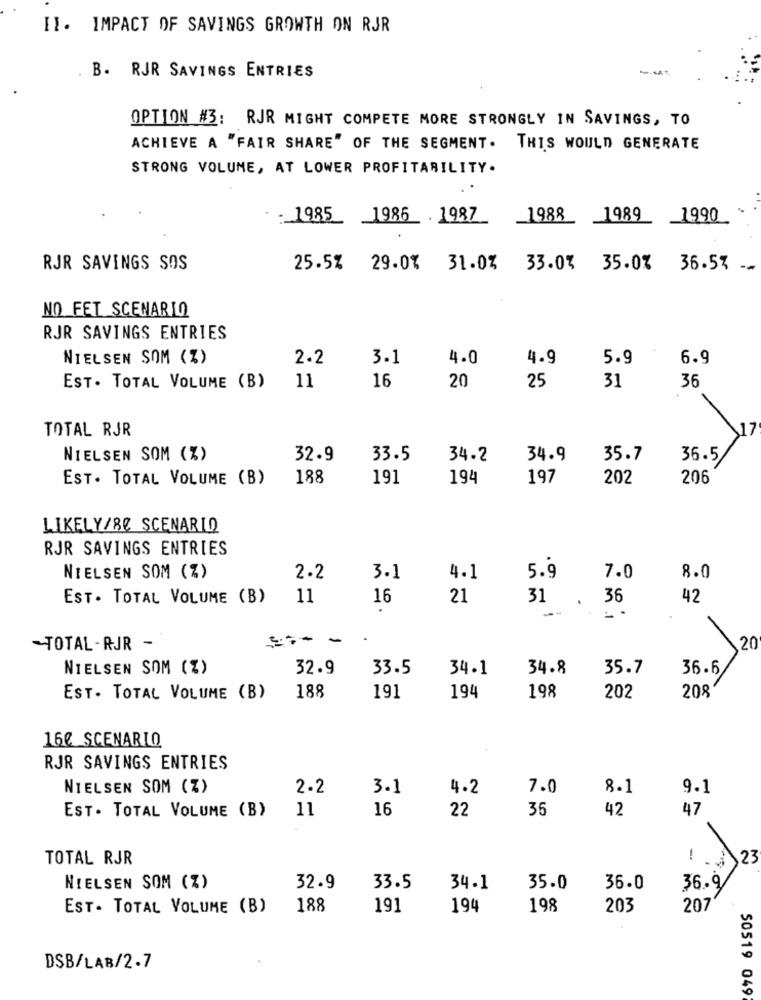
II. IMPACT OF SAVINGS GROWTH ON RJR
B. RJR SAVINGS ENTRIES
--
OPTION #3: RJR MIGHT COMPETE MORE STRONGLY IN SAVINGS, TO
ACHIEVE A "FAIR SHARE" OF THE SEGMENT. THIS WOULD GENERATE
STRONG VOLUME, AT LOWER PROFITABILITY.
- 1985_ 1986 1987
1988_ 1989 1990
RJR SAVINGS SOS
25.5% 29.0% 31.0% 33.0% 35.0% 36.57 -
NO FET SCENARIO
RJR SAVINGS ENTRIES
NIELSEN SOM (%)
2.2
3.1
4.0
4.9
5.9
6.9
16
EST. TOTAL VOLUME (B)
11
20
25
31
36
TOTAL RJR
NIELSEN SOM (%)
32.9
33.5
34.2
34.9
35.7
36.5/
EST. TOTAL VOLUME (B)
188
191
194
197
202
206
LIKELY/80 SCENARIO
RJR SAVINGS ENTRIES
NIELSEN SOM (%)
2.2
3.1
4.1
5.9
7.0
8.0
EST. TOTAL VOLUME (B)
11
16
21
31
.
36
42
--
----
-TOTAL -RJR -
20
NIELSEN SOM (%)
32.9
33.5
34.1
34.8
35.7
36.6
EST. TOTAL VOLUME (B)
188
191
194
198
202
208
16₡ SCENARIO
RJR SAVINGS ENTRIES
NIELSEN SOM (Z)
2.2
3.1
4.2
7.0
8.1
9.1
EST. TOTAL VOLUME (B)
11
16
22
36
42
47
TOTAL RJR
! . 3 23
NIELSEN SOM (%)
32.9
33.5
34.1
35.0
36.0
36.9
EST. TOTAL VOLUME (B)
188
191
194
198
203
207
DSB/LAB/2.7
50519 049